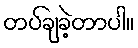
တပ်ချခဲ့တာပါ။